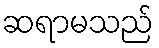
ဆရာမသည်